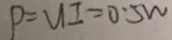
P = U I = 0 . 5 w